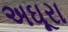
અઘૂરા